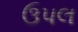
ઉપલ